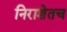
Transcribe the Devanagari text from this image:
निराशेतच